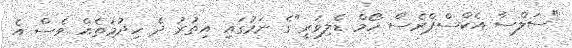
"ސަލްސާ އެކްސްޕްރެސް ހޯމް ޑެލިވަރީ"ގެ ނަމުގައި އިތުރު ދެ ހިދުމަތެއް ވެސް އެ